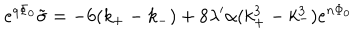
e ^ { q \Phi _ { 0 } } \tilde { \sigma } = - 6 ( k _ { + } - k _ { - } ) + 8 \lambda ^ { \prime } \alpha ( k _ { + } ^ { 3 } - k _ { - } ^ { 3 } ) e ^ { n \Phi _ { 0 } }